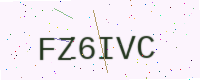
Text: FZ6IVC